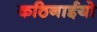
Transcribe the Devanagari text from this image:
कठिनाईयो